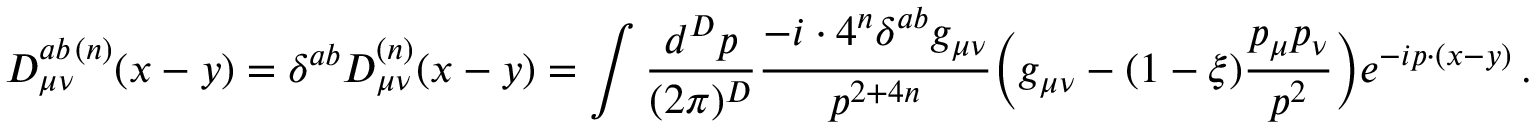
D _ { \mu \nu } ^ { a b \, ( n ) } ( x - y ) = \delta ^ { a b } D _ { \mu \nu } ^ { ( n ) } ( x - y ) = \int \frac { d ^ { D } p } { ( 2 \pi ) ^ { D } } \frac { - i \cdot 4 ^ { n } \delta ^ { a b } g _ { \mu \nu } } { p ^ { 2 + 4 n } } \bigg ( g _ { \mu \nu } - ( 1 - \xi ) \frac { p _ { \mu } p _ { \nu } } { p ^ { 2 } } \bigg ) e ^ { - i p \cdot ( x - y ) } \, .